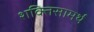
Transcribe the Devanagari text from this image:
शक्तिसामर्थ